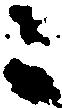
ニ